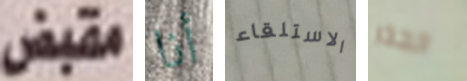
مقبض أنا الاستلقاء الحذر